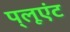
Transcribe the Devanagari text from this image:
प़्लूएंट